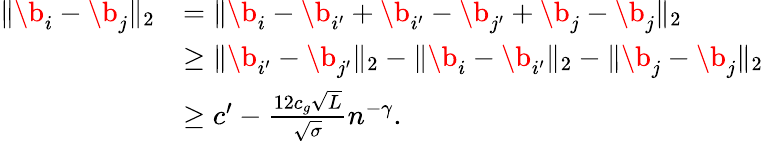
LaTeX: \begin{array}{rl}{\Vert\b_{i}-\b_{j}\Vert_{2}}&{=\Vert\b_{i}-\b_{i^{\prime}}+\b_{i^{\prime}}-\b_{j^{\prime}}+\b_{j}-\b_{j}\Vert_{2}}\\ &{\ge\Vert\b_{i^{\prime}}-\b_{j^{\prime}}\Vert_{2}-\Vert\b_{i}-\b_{i^{\prime}}\Vert_{2}-\Vert\b_{j}-\b_{j}\Vert_{2}}\\ &{\ge c^{\prime}-\frac{12c_{g}\sqrt{L}}{\sqrt{\sigma}}n^{-\gamma}.}\end{array}